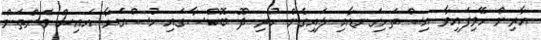
އާރިން ހޭވިފައިވާ އިސްތަށިގަނޑާއި ލައިގެން ހުރި ދޫ ބޮކްސާގައި ހުސްގަޔާ އައިސް ވަންތަން